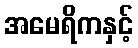
အမေရိကနှင့်